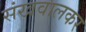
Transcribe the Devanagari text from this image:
संखवालकर